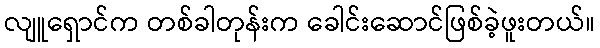
လျူရှောင်က တစ်ခါတုန်းက ခေါင်းဆောင်ဖြစ်ခဲ့ဖူးတယ်။